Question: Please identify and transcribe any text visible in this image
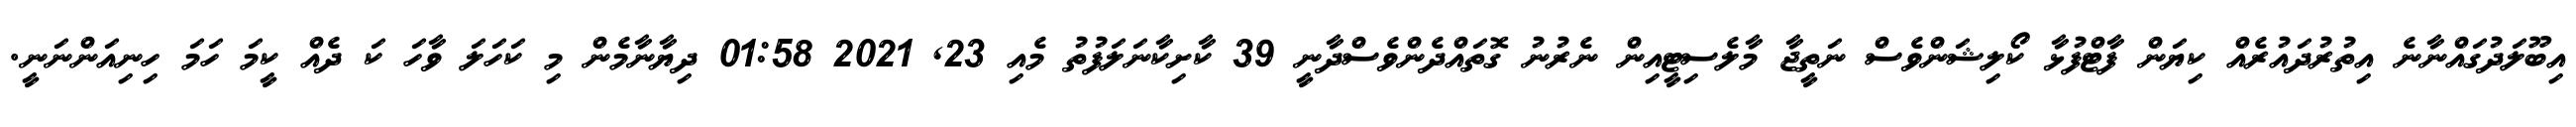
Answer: އިބޫލަދުގައްނާނެ އިތުރުދައުރެއް ކިޔަން ފާޓްފުޅާ ކޯލިޝަންވެސް ނަތީޖާ މާލެސިޓީއިން ނެރުނު ގޮތައްދެންވެސްދާނީ 39 ކާށިކާނަލަފުތު މެއި 23, 2021 01:58 ދިޔާނާމެން މި ކަހަލަ ވާހަ ކަ ދެއް ކީމަ ހަމަ ހިނިއަންނަނީ.